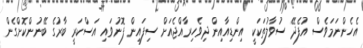
އެހެންނަމަވެސް އުފެދޭ ސުވާލުތަކަކީ އިންޑިއާއިން ދިވެހިރާއްޖެއަށް ސިފައިން ފޮނުވައި އަސްކަރީ ބާރުގެ ބޭނުންކޮށްގެން